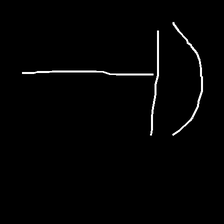
Glyph: dispersion